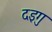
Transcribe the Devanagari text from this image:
दइगु